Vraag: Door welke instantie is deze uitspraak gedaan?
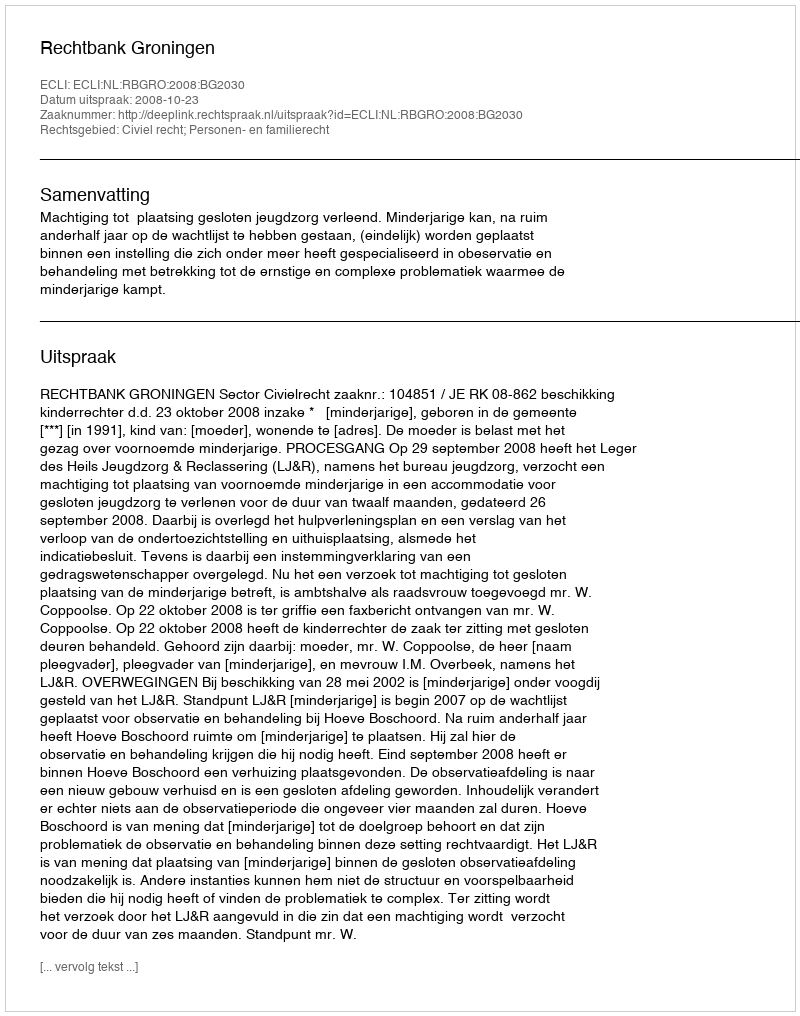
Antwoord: Rechtbank Groningen